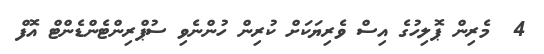
4  މެރިން ޕޮލިހުގެ އިސް ވެރިޔަކަށް ކުރިން ހުންނެވި ސުޕްރިންޓެންޑެންޓް އޮފް